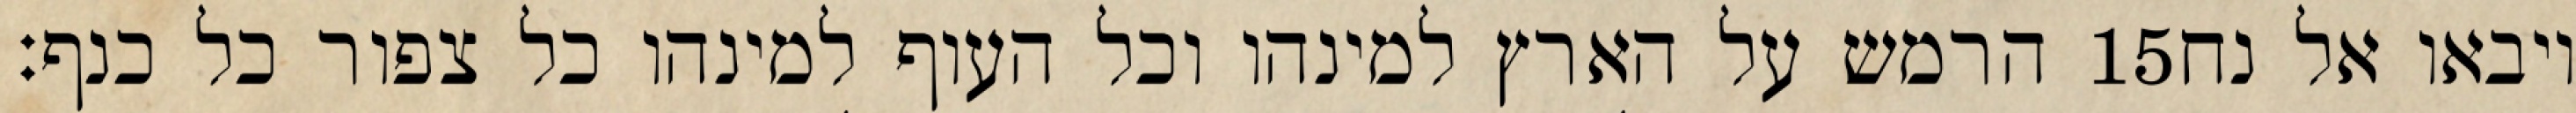
הרמש על הארץ למינהו וכל העוף למינהו כל צפור כל כנף׃ ‎15‏ ויבאו אל נח